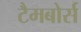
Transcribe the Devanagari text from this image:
टैमबोर्स